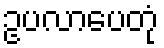
ဥပလာပေတုံ